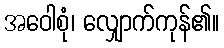
အဝေါစုံ၊ လျှောက်ကုန်၏။